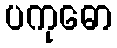
ပကုဓော